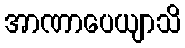
အာဏာပေယျာသိ